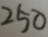
2 5 0